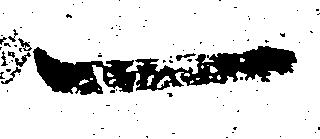
一